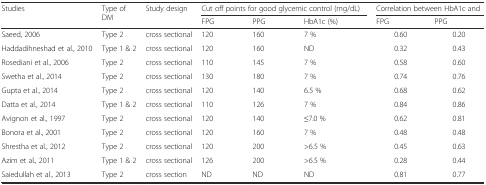
| <ROWSPAN=2> Studies | <ROWSPAN=2> Type of DM | <ROWSPAN=2> Study design | <COLSPAN=3> Cut off points for good glycemic control (mg/dL) | <COLSPAN=2> Correlation between HbA1c and |
 | FPG | PPG | HbA1c (%) | FPG | PPG |
 | --- | --- | --- | --- | --- | --- | --- | --- |
 | Saeed, 2006 | Type 2 | cross sectional | 120 | 160 | 7 % | 0.60 | 0.20 |
 | Haddadihneshad et al., 2010 | Type 1 & 2 | cross sectional | 120 | 160 | ND | 0.32 | 0.43 |
 | Rosediani et al., 2006 | Type 2 | cross sectional | 110 | 145 | 7 % | 0.58 | 0.60 |
 | Swetha et al., 2014 | Type 2 | cross sectional | 130 | 180 | 7 % | 0.74 | 0.76 |
 | Gupta et al., 2014 | Type 2 | cross sectional | 120 | 140 | 6.5 % | 0.68 | 0.62 |
 | Datta et al., 2014 | Type 1 & 2 | cross sectional | 110 | 126 | 7 % | 0.84 | 0.86 |
 | Avignon et al., 1997 | Type 2 | cross sectional | 120 | 140 | ≤7.0 % | 0.62 | 0.81 |
 | Bonora et al., 2001 | Type 2 | cross sectional | 120 | 160 | 7 % | 0.48 | 0.48 |
 | Shrestha et al., 2012 | Type 2 | cross sectional | 120 | 200 | >6.5 % | 0.45 | 0.63 |
 | Azim et al., 2011 | Type 1 & 2 | cross sectional | 126 | 200 | >6.5 % | 0.28 | 0.44 |
 | Saiedullah et al., 2013 | Type 2 | cross section | ND | ND | ND | 0.81 | 0.77 |